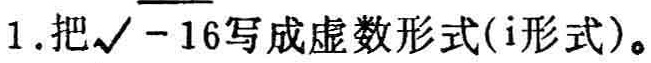
1. 把\(\sqrt{- 16}\)写成虚数形式(\(i\)形式)。